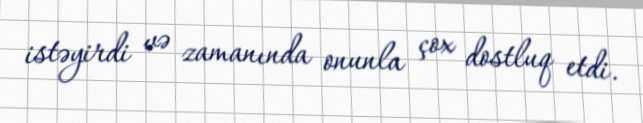
istəyirdi və zamanında onunla çox dostluq etdi.